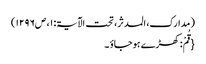
( مدارک، المدثر، تحت الآیۃ: ۱، ص۱۲۹۶)
{قُمْ: کھڑے ہوجاؤ ۔